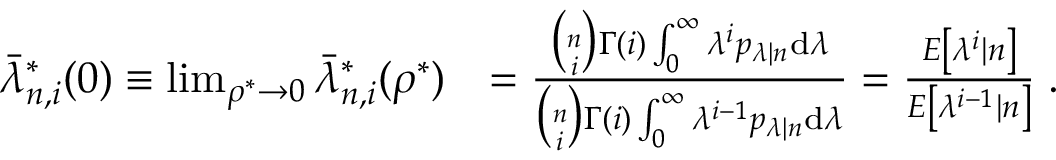
\begin{array} { r l } { \bar { \lambda } _ { n , i } ^ { * } ( 0 ) \equiv \operatorname* { l i m } _ { \rho ^ { * } \to 0 } \bar { \lambda } _ { n , i } ^ { * } ( \rho ^ { * } ) } & { = \frac { \binom { n } { i } \Gamma ( i ) \int _ { 0 } ^ { \infty } \lambda ^ { i } p _ { \lambda | n } \mathrm { d } \lambda } { \binom { n } { i } \Gamma ( i ) \int _ { 0 } ^ { \infty } \lambda ^ { i - 1 } p _ { \lambda | n } \mathrm { d } \lambda } = \frac { E \left[ \lambda ^ { i } | n \right] } { E \left[ \lambda ^ { i - 1 } | n \right] } \; . } \end{array}